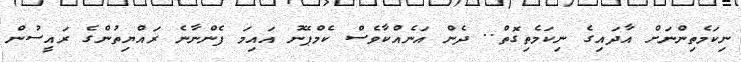
ނިކަމެތިންނަށް އާދައިގެ ނިކަމެތިގޮތް.. ދެން އަނެއްކާވެސް ކެމްޕޭނު އައިމަ ފެންނާނެ ރައްޔިތުންގެ ރައީސުން